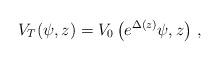
LaTeX: \begin{align*}V_T(\psi,z)=V_0\left(e^{\Delta(z)}\psi,z\right)\,,\end{align*}